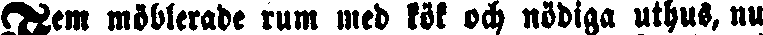
Fem möblerade rum med kök och nödiga uthus, nu